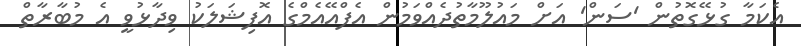
އެކަމާ ގުޅޭގޮތުން 'ސަން' އަށް މައުލޫމާތުދެއްވަމުން އެފްއޭއެމްގެ އޮފިޝަލަކު ވިދާޅުވީ އެ މުބާރާތް